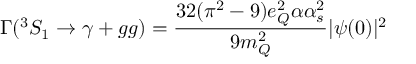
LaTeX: \Gamma ( ^ { 3 } S _ { 1 } \to \gamma + g g ) = { \frac { 3 2 ( \pi ^ { 2 } - 9 ) e _ { Q } ^ { 2 } \alpha \alpha _ { s } ^ { 2 } } { 9 m _ { Q } ^ { 2 } } } | \psi ( 0 ) | ^ { 2 }